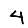
Digit: 4